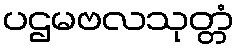
ပဌမဗလသုတ္တံ